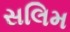
સલિમ